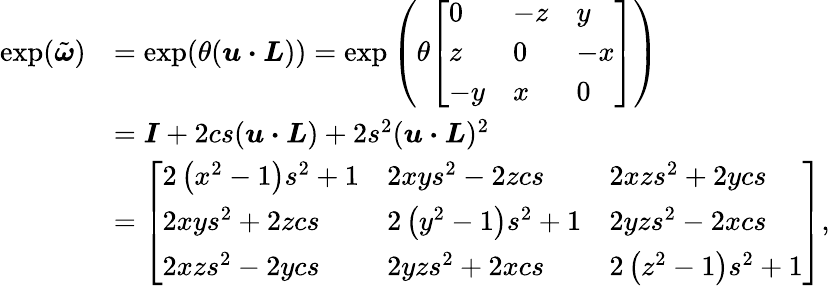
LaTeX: {\begin{array}{rl}{\exp({\tilde{\boldsymbol{\omega}}})}&{=\exp(\theta({\boldsymbol{u\cdot L}}))=\exp\left(\theta{\left[\begin{array}{lll}{0}&{-z}&{y}\\ {z}&{0}&{-x}\\ {-y}&{x}&{0}\end{array}\right]}\right)}\\ &{={\boldsymbol{I}}+2cs({\boldsymbol{u\cdot L}})+2s^{2}({\boldsymbol{u\cdot L}})^{2}}\\ &{={\left[\begin{array}{lll}{2\left(x^{2}-1\right)s^{2}+1}&{2xys^{2}-2zcs}&{2xzs^{2}+2ycs}\\ {2xys^{2}+2zcs}&{2\left(y^{2}-1\right)s^{2}+1}&{2yzs^{2}-2xcs}\\ {2xzs^{2}-2ycs}&{2yzs^{2}+2xcs}&{2\left(z^{2}-1\right)s^{2}+1}\end{array}\right]},}\end{array}}